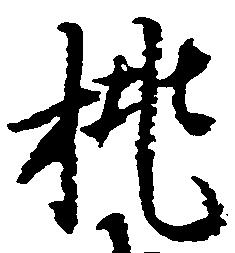
挑